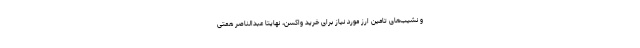
و نشیب‌های تامین ارز مورد نیاز برای خرید واکسن، نهایتا عبدالناصر همتی